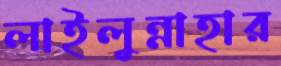
লাইলুন্নাহার